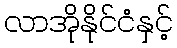
လာအိုနိုင်ငံနှင့်